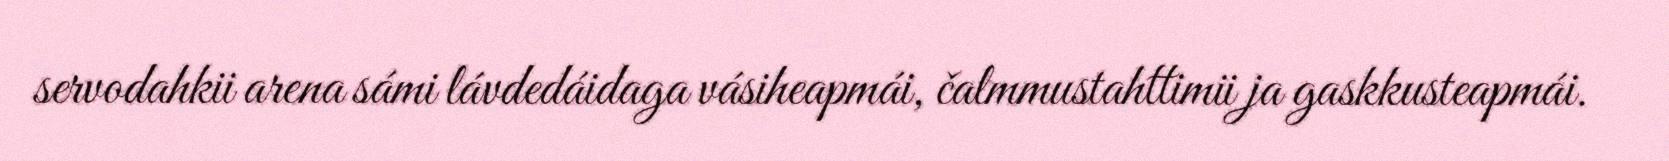
servodahkii arena sámi lávdedáidaga vásiheapmái, čalmmustahttimii ja gaskkusteapmái.